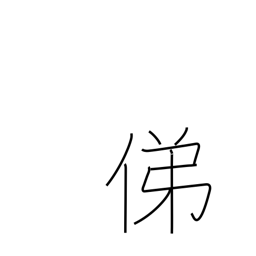
Meaning: trace